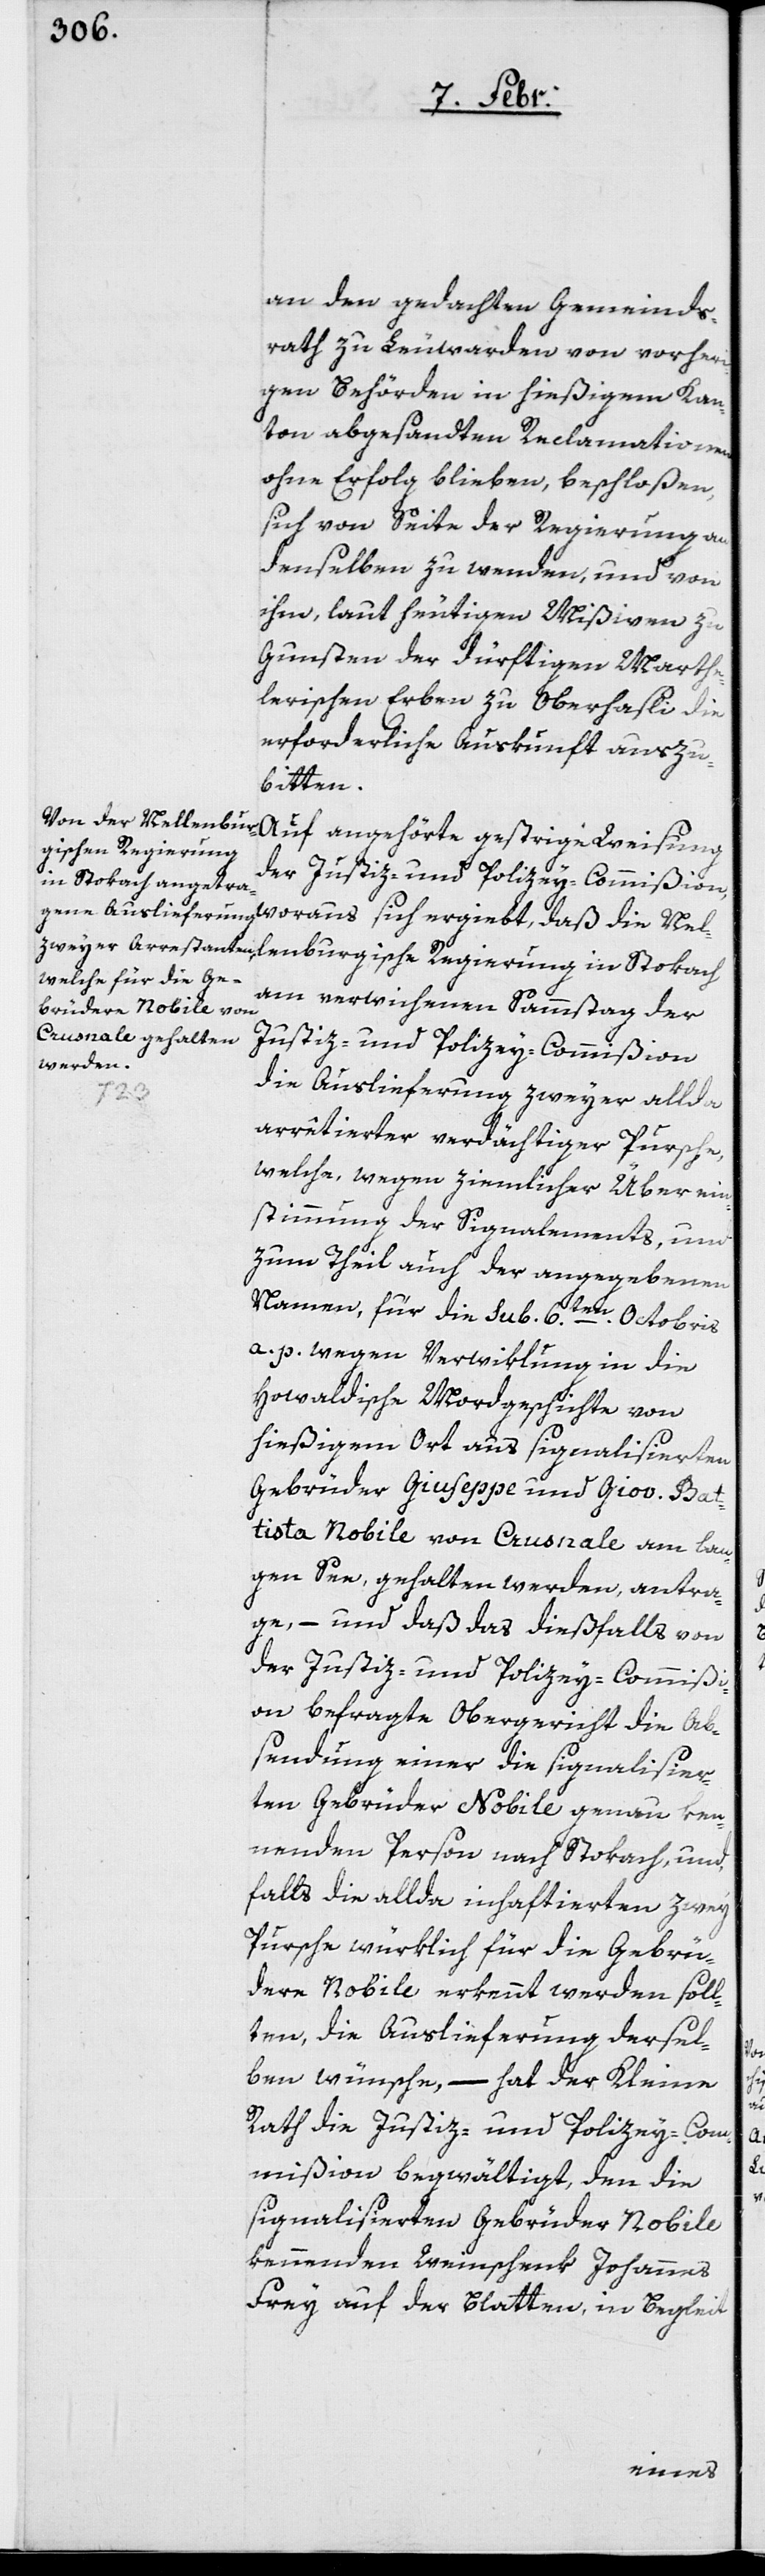
an den gedachten Gemeinds¬
rath zu Leuwarden von vorher¬
igen Behörden in hießigem Kan¬
ton abgesandten Reclamationen
ohne Erfolg blieben, beschloßen,
sich von Seite der Regierung an
denselben zu wenden, und von
ihm, laut heutigen Mißiven zu
Gunsten der dürftigen Marthe¬
lerischen Erben zu Oberhasli die
erforderliche Auskunft auszu¬
bitten.
daß die Nellenbur¬
Auf angehörte gestrige Weisung
gische Regierung
der Justiz- und Polizey-Commißion,
am verwichenen Sammstag der
Justiz- und Polizey-Commißion
die Auslieferung zweyer allda
arrêtierter verdächtiger Pursche,
welche wegen ziemlicher Überein¬
stimmung der Signalements und
zum Theil auch der angegebenen
Namen, für die sub. 6.ten. Octobris
a. p. wegen Verwiklung in die
Howaldische Mordgeschichte von
hießigem Ort aus signalisierten
Gebrüder Giuseppe und Giov. Bat¬
tista Nobile von Cusnale am Lan¬
gen See, gehalten werden, antra¬
ge, – und daß das dießfalls von
der Justiz- und Polizey-Commißi¬
on befragte Obergericht die Ab¬
sendung einer die signalisier¬
ten Gebrüder Nobile genau ken¬
nenden Person nach Stokach, und,
falls die allda inhaftierten zwey
Pursche würklich für die Gebrü¬
dere Nobile erkennt werden soll¬
ten, die Auslieferung dersel¬
ben wünsche, – hat der Kleine
Rath die Justiz- und Polizey-Com¬
mißion begwältigt, den die
signalisierten Gebrüder Nobile
kennenden Weinschenk Johannes
Frey auf der Blatten, in Begleit